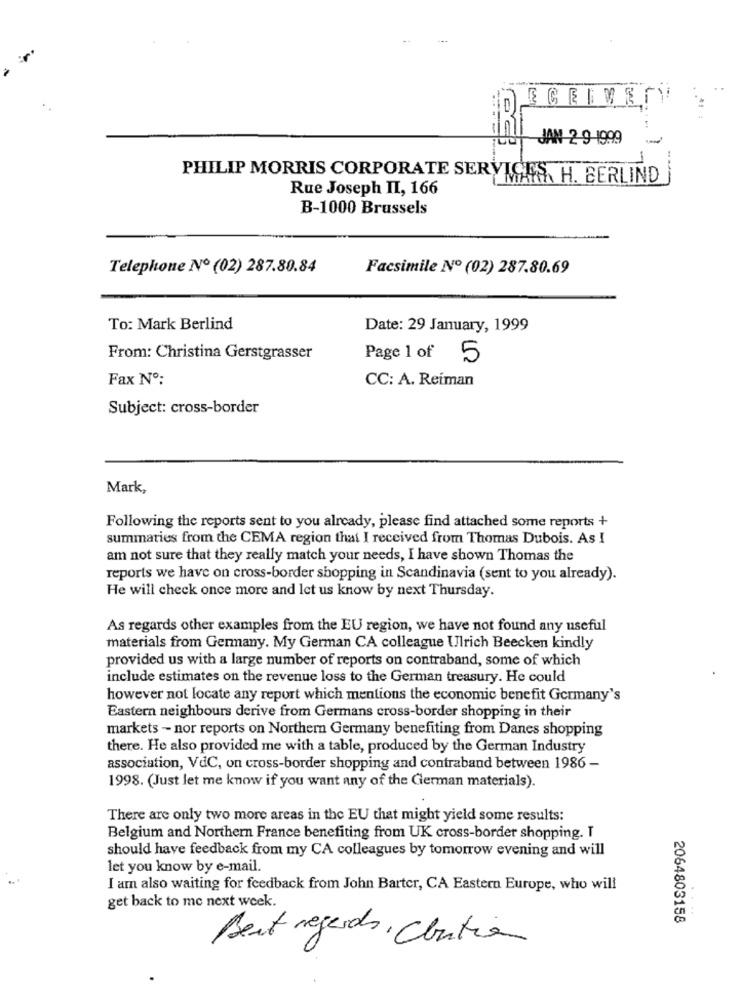
JAN-2-9-1999
-
.. .
PHILIP MORRIS CORPORATE SERVICES, H. BERLIND
Rue Joseph II, 166
B-1000 Brussels
Telephone Nº (02) 287.80.84
Facsimile Nº (02) 287.80.69
To: Mark Berlind
Date: 29 January, 1999
From: Christina Gerstgrasser
Page 1 of 5
Fax Nº:
CC: A. Reiman
Subject: cross-border
Mark,
Following the reports sent to you already, please find attached some reports +
summaties from the CEMA region that I received from Thomas Dubois. As I
am not sure that they really match your needs, I have shown Thomas the
reports we have on cross-border shopping in Scandinavia (sent to you already).
He will check once more and let us know by next Thursday.
As regards other examples from the EU region, we have not found any useful
materials from Germany. My German CA colleague Ulrich Beecken kindly
provided us with a large number of reports on contraband, some of which
include estimates on the revenue loss to the German treasury. He could
however not locate any report which mentions the economic benefit Germany's
Eastern neighbours derive from Germans cross-border shopping in their
markets -- nor reports on Northern Germany benefiting from Danes shopping
there. He also provided me with a table, produced by the German Industry
association, VdC, on cross-border shopping and contraband between 1986 -
1998. (Just let me know if you want any of the German materials).
There are only two more areas in the EU that might yield some results:
Belgium and Northern France benefiting from UK cross-border shopping. I
should have feedback from my CA colleagues by tomorrow evening and will
let you know by e-mail.
I am also waiting for feedback from John Barter, CA Eastern Europe, who will
get back to me next week.
...
2064803158
Best regards, Chutie